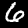
Label: 6